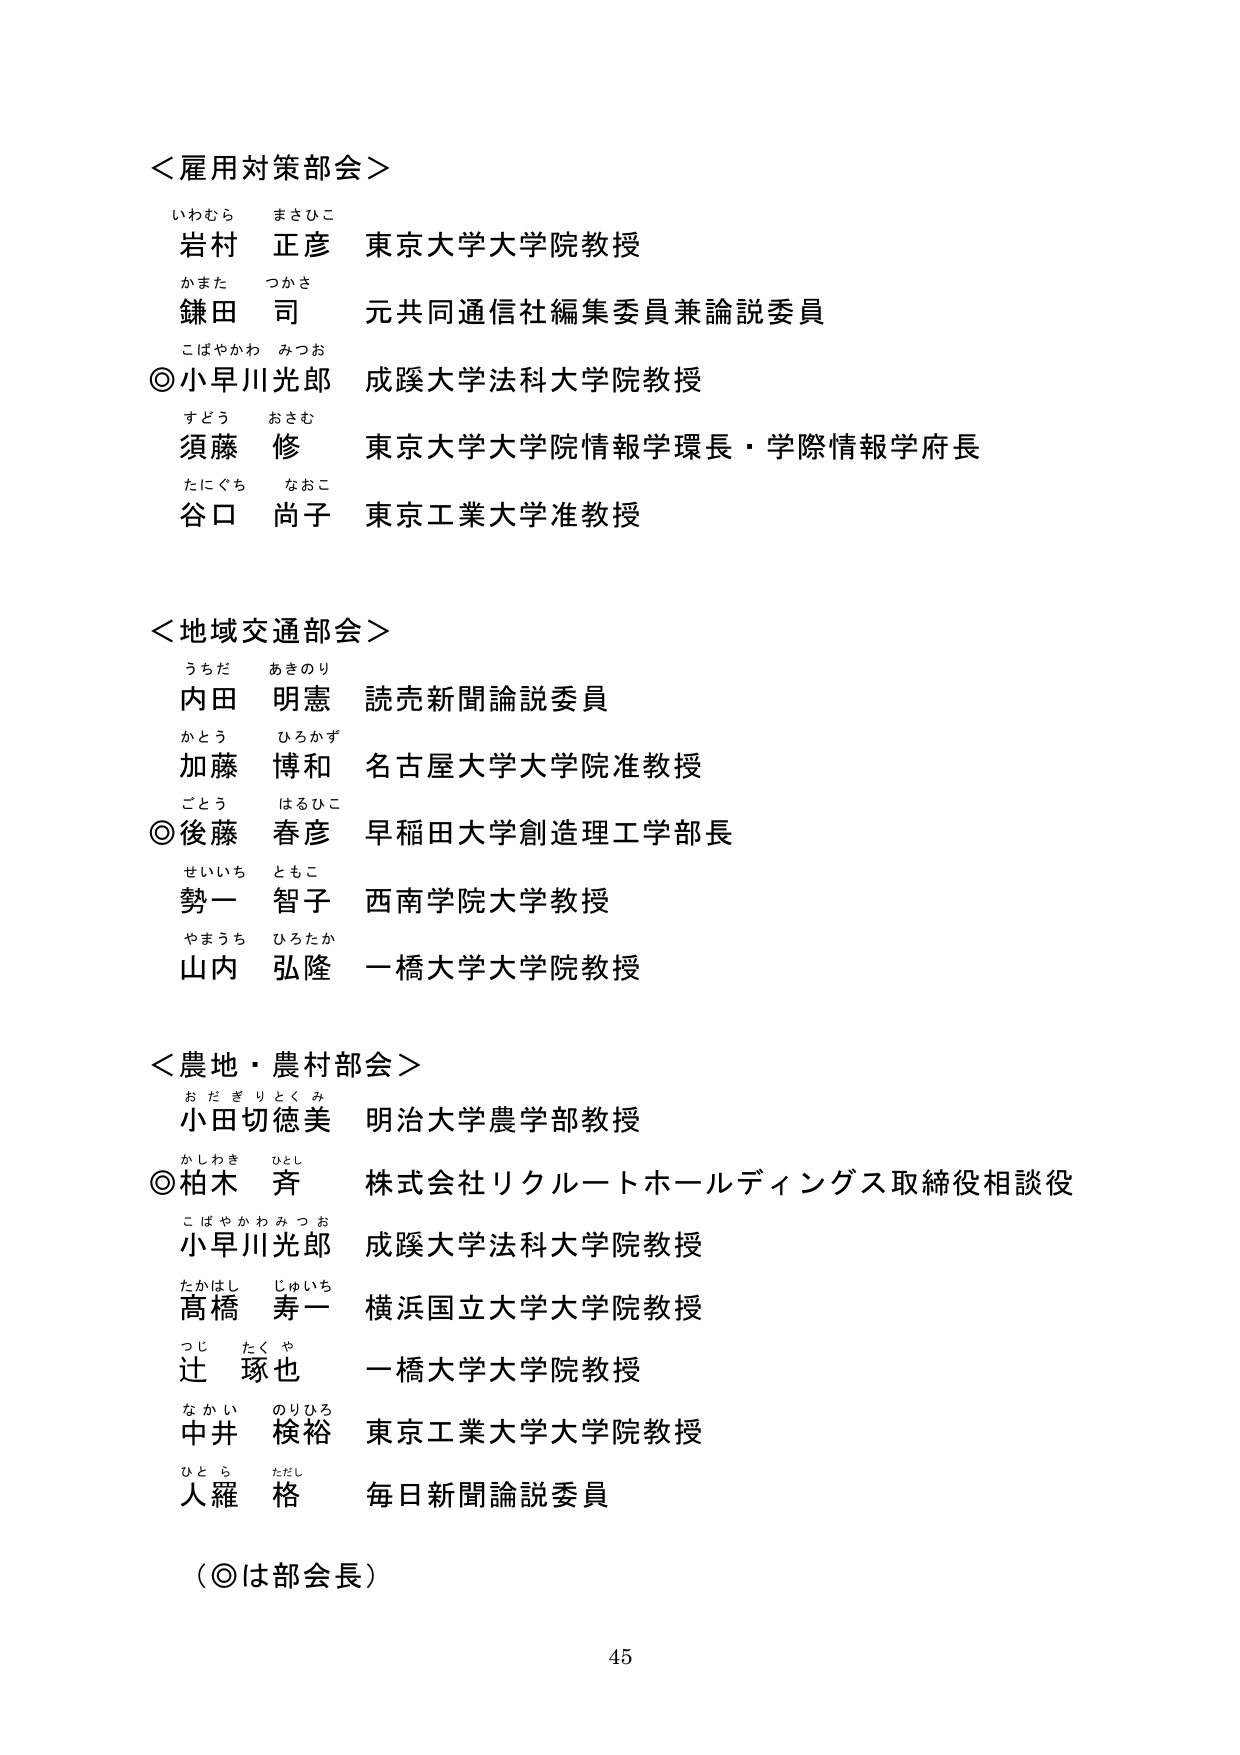
＜雇用対策部会＞
いわむら まさひこ
岩村 正彦 東京大学大学院教授
かまた つかさ
鎌田 司 元共同通信社編集委員兼論説委員
こばやかわ みつお
◎小早川光郎 成蹊大学法科大学院教授
すどう おさむ
須藤 修 東京大学大学院情報学環長・学際情報学府長
たにぐち なおこ
谷口 尚子 東京工業大学准教授

＜地域交通部会＞
うちだ あきのり
内田 明憲 読売新聞論説委員
かとう ひろかず
加藤 博和 名古屋大学大学院准教授
ごとう はるひこ
◎後藤 春彦 早稲田大学創造理工学部長
せいいち ともこ
勢一 智子 西南学院大学教授
やまうち ひろたか
山内 弘隆 一橋大学大学院教授

＜農地・農村部会＞
おだぎりとくみ
小田切徳美 明治大学農学部教授
かしわき ひとし
◎柏木 斉 株式会社リクルートホールディングス取締役相談役
こばやかわみつお
小早川光郎 成蹊大学法科大学院教授
たかはし じゅいち
髙橋 寿一 横浜国立大学大学院教授
つじ たくや
辻 琢也 一橋大学大学院教授
なかい のりひろ
中井 検裕 東京工業大学大学院教授
ひとら ただし
人羅 格 毎日新聞論説委員

（◎は部会長）
45